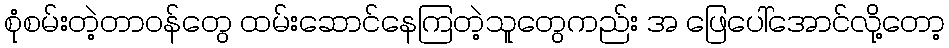
စုံစမ်းတဲ့တာဝန်တွေ ထမ်းဆောင်နေကြတဲ့သူတွေကည်း အ ဖြေပေါ်အောင်လို့တော့